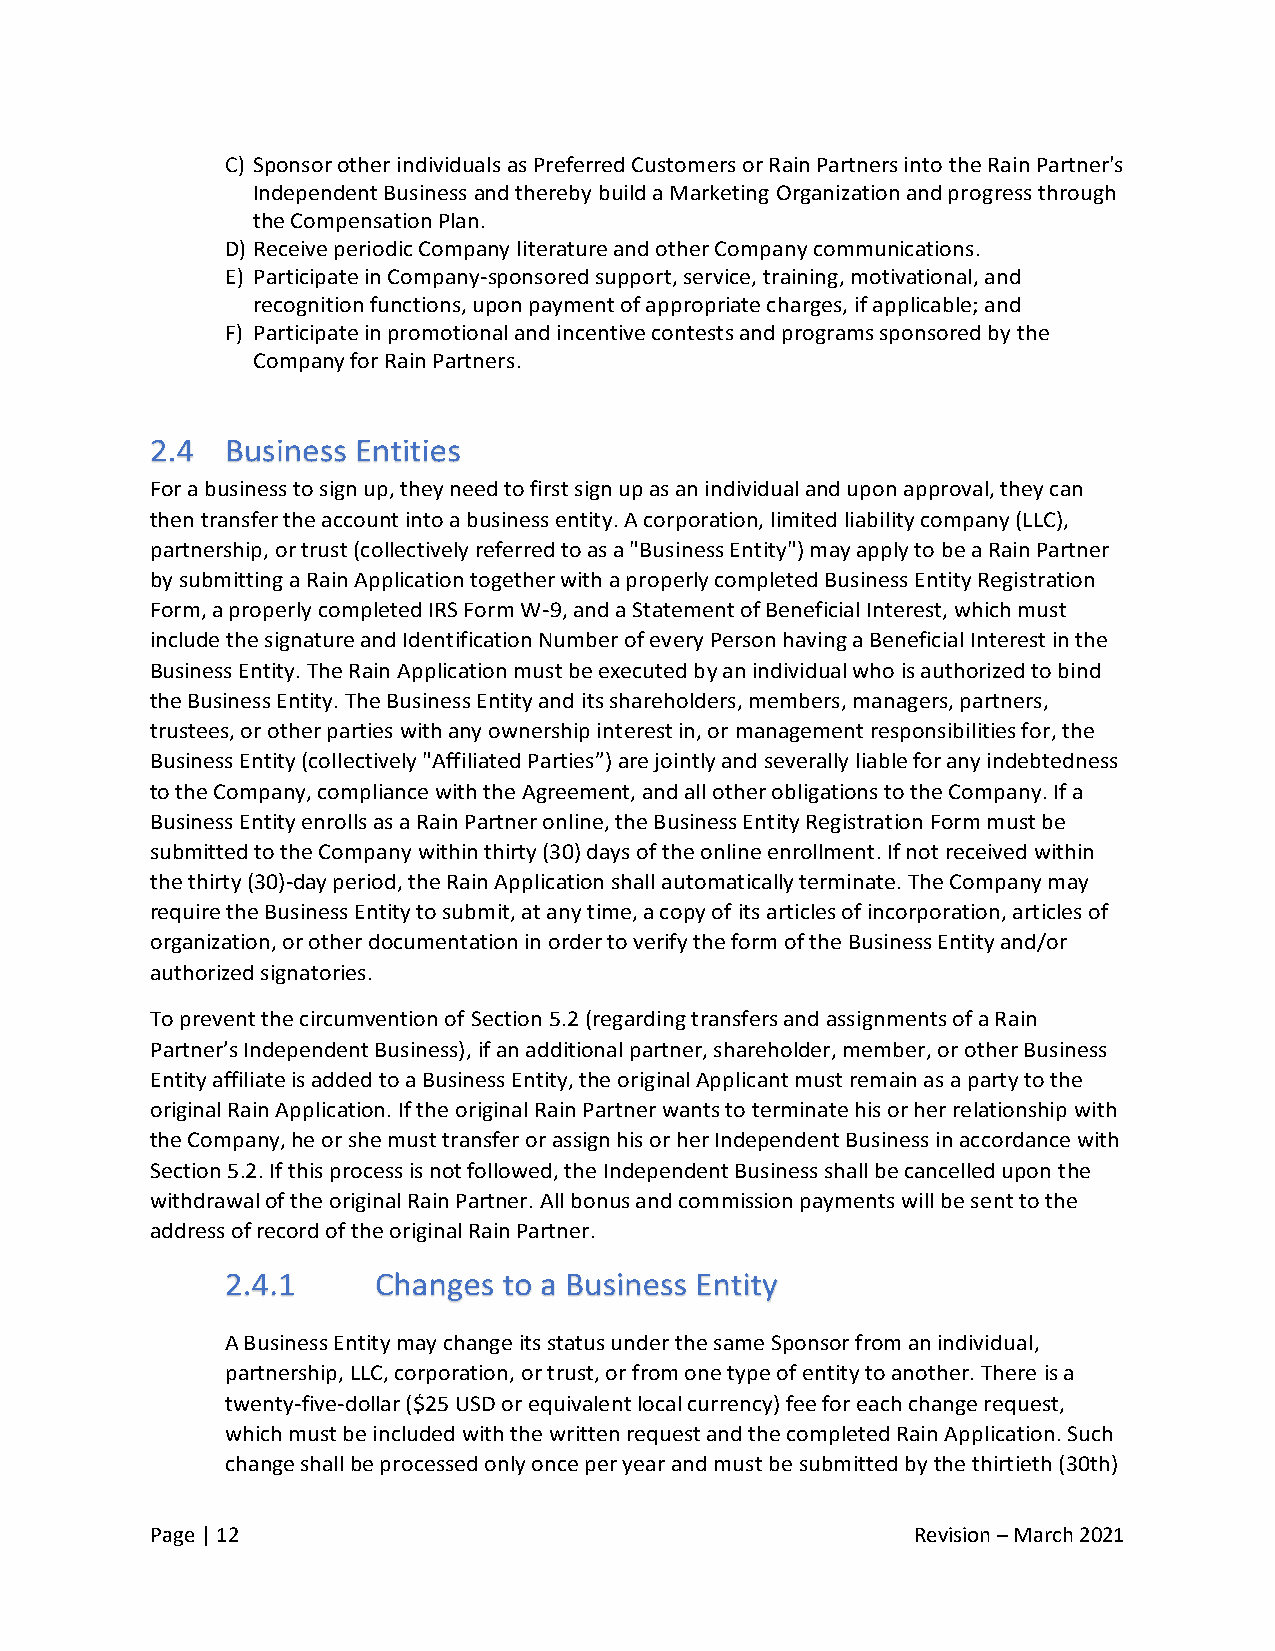
C) Sponsor other individuals as Preferred Customers or Rain Partners into the Rain Partner's
 Independent Business and thereby build a Marketing Organization and progress through
 the Compensation Plan.
 D) Receive periodic Company literature and other Company communications.
 E) Participate in Company-sponsored support, service, training, motivational, and
 recognition functions, upon payment of appropriate charges, if applicable; and
 F) Participate in promotional and incentive contests and programs sponsored by the
 Company for Rain Partners.
 For a business to sign up, they need to first sign up as an individual and upon approval, they can
 then transfer the account into a business entity. A corporation, limited liability company (LLC),
 partnership, or trust (collectively referred to as a "Business Entity") may apply to be a Rain Partner
 by submitting a Rain Application together with a properly completed Business Entity Registration
 Form, a properly completed IRS Form W-9, and a Statement of Beneficial Interest, which must
 include the signature and Identification Number of every Person having a Beneficial Interest in the
 Business Entity. The Rain Application must be executed by an individual who is authorized to bind
 the Business Entity. The Business Entity and its shareholders, members, managers, partners,
 trustees, or other parties with any ownership interest in, or management responsibilities for, the
 Business Entity (collectively "Affiliated Parties”) are jointly and severally liable for any indebtedness
 to the Company, compliance with the Agreement, and all other obligations to the Company. If a
 Business Entity enrolls as a Rain Partner online, the Business Entity Registration Form must be
 submitted to the Company within thirty (30) days of the online enrollment. If not received within
 the thirty (30)-day period, the Rain Application shall automatically terminate. The Company may
 require the Business Entity to submit, at any time, a copy of its articles of incorporation, articles of
 organization, or other documentation in order to verify the form of the Business Entity and/or
 authorized signatories.
 To prevent the circumvention of Section 5.2 (regarding transfers and assignments of a Rain
 Partner’s Independent Business), if an additional partner, shareholder, member, or other Business
 Entity affiliate is added to a Business Entity, the original Applicant must remain as a party to the
 original Rain Application. If the original Rain Partner wants to terminate his or her relationship with
 the Company, he or she must transfer or assign his or her Independent Business in accordance with
 Section 5.2. If this process is not followed, the Independent Business shall be cancelled upon the
 withdrawal of the original Rain Partner. All bonus and commission payments will be sent to the
 address of record of the original Rain Partner.
 A Business Entity may change its status under the same Sponsor from an individual,
 partnership, LLC, corporation, or trust, or from one type of entity to another. There is a
 twenty-five-dollar ($25 USD or equivalent local currency) fee for each change request,
 which must be included with the written request and the completed Rain Application. Such
 change shall be processed only once per year and must be submitted by the thirtieth (30th)
 Page | 12                                          Revision – March 2021